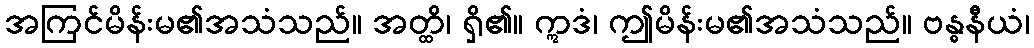
အကြင်မိန်းမ၏အသံသည်။ အတ္ထိ၊ ရှိ၏။ ဣဒံ၊ ဤမိန်းမ၏အသံသည်။ ဗန္ဓနီယံ၊